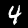
Digit: 4